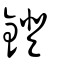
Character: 鐙